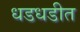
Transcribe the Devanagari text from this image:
धडधडीत